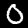
Label: 0